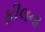
ફીલના